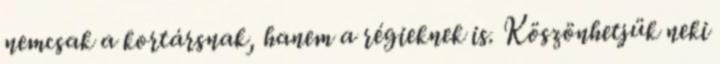
nemcsak a kortársnak, hanem a régieknek is. Köszönhetjük neki